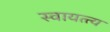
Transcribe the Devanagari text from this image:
स्वायत्त्य